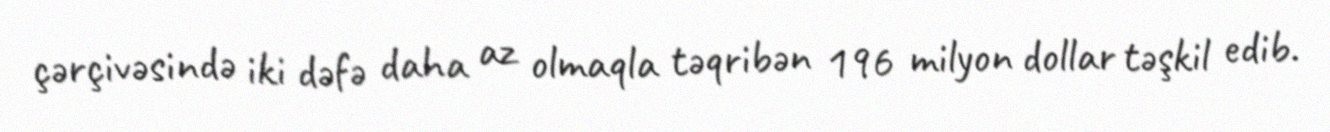
çərçivəsində iki dəfə daha az olmaqla təqribən 196 milyon dollar təşkil edib.